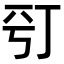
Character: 𠀩